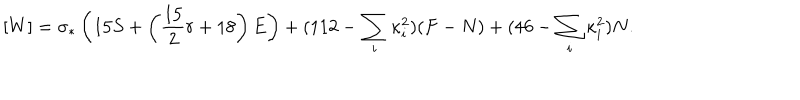
[ W ] = \sigma _ { * } \left( 1 5 S + \left( { \frac { 1 5 } { 2 } } r + 1 8 \right) E \right) + ( 1 1 2 - \sum _ { i } \kappa _ { i } ^ { 2 } ) ( F - N ) + ( 4 6 - \sum _ { i } \kappa _ { i } ^ { 2 } ) N .